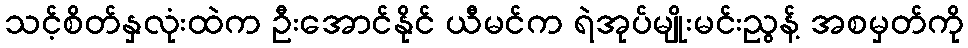
သင့်စိတ်နှလုံးထဲက ဦးအောင်နိုင် ယီမင်က ရဲအုပ်မျိုးမင်းညွန့် အစမှတ်ကို